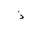
Letter: _thal